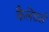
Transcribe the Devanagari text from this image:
कैलेंडर्स